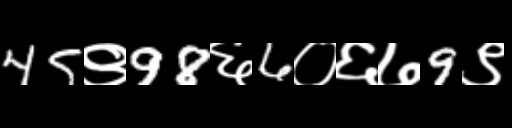
Text: 45९98६6०६७9९